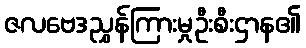
ဇလဗေဒညွှန်ကြားမှုဦးစီးဌာန၏